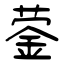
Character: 蓥